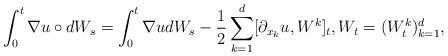
LaTeX: \begin{align*}\int_0^t \nabla u \circ dW_s=\int_0^t \nabla u dW_s-\frac{1}{2}\sum_{k=1}^d[\partial_{x_k}u,W^k]_t, W_t=(W_t^k)_{k=1}^d,\end{align*}